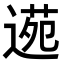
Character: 𮞫